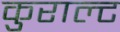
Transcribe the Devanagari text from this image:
कुराल्ट